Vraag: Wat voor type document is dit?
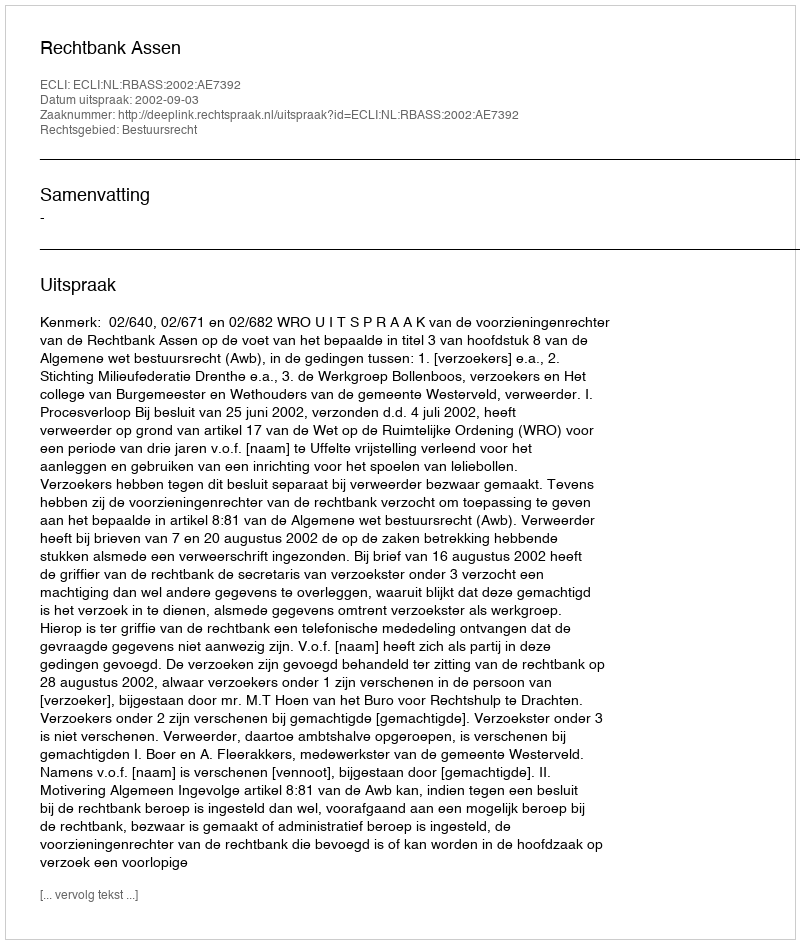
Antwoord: Uitspraak